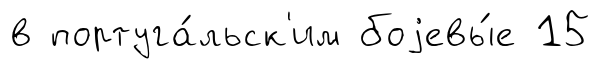
в португа́льск'им боjевы́е 15